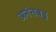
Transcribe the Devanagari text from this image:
अनंतबडु